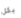
بكل